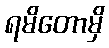
ရမိတောမှိ